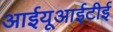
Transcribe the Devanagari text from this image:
आईयूआईटीई